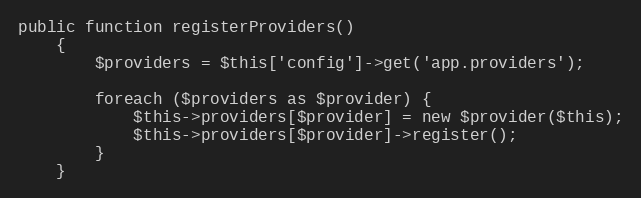
Language: PHP
public function registerProviders()
	{
		$providers = $this['config']->get('app.providers');

		foreach ($providers as $provider) {
			$this->providers[$provider] = new $provider($this);
			$this->providers[$provider]->register();
		}
	}